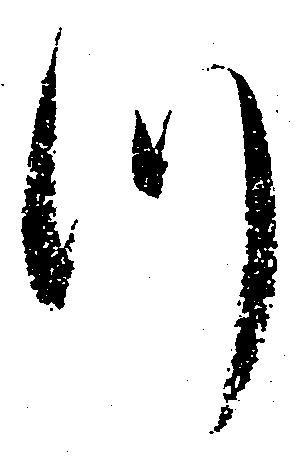
つ